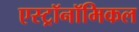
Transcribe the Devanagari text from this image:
एस्ट्रॉनॉमिकल